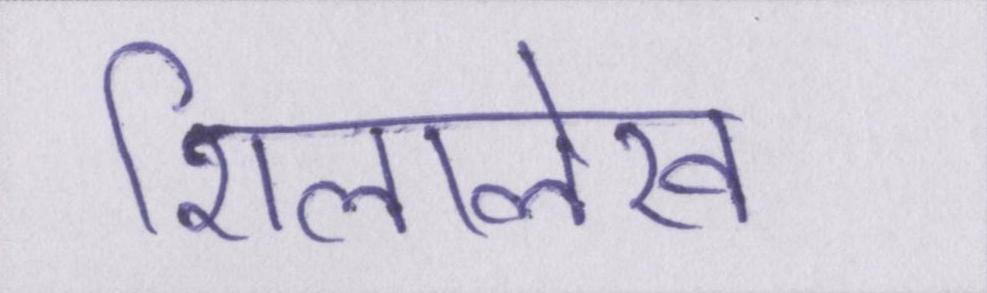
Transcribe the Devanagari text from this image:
शिलालेख